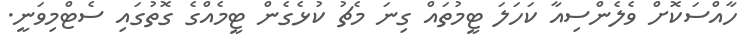
ހާއްސަކޮށް ވެލެންސިއާ ކަހަލަ ޓީމުތައް ގިނަ މެޗު ކުޅެގެން ޓީމެއްގެ ގޮތުގައި ސެޓްމިވަނީ.